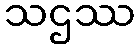
သဌဿ